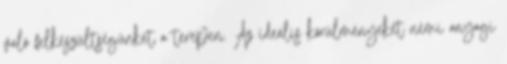
való felkészültségünket a terepen. Az ideális körülményeket némi anyagi